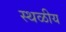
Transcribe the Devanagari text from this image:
स्थळीय